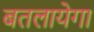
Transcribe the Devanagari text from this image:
बतलायेगा